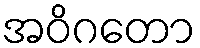
အဝိဂတော